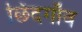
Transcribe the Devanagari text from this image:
छिंदगाँव